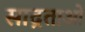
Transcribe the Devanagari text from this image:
साद्रताओं